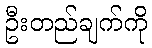
ဦးတည်ချက်ကို